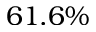
6 1 . 6 \%